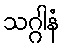
သဂ္ဂါနံ